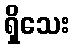
ရှိသေး